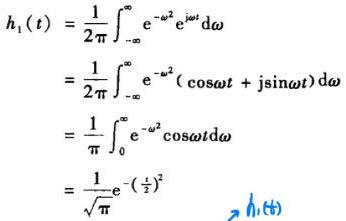
\[
\begin{align*}
h_1(t) &= \frac{1}{2\pi} \int_{-\infty}^{\infty} e^{-\omega^2} e^{j\omega t} d\omega\\
&= \frac{1}{2\pi} \int_{-\infty}^{\infty} e^{-\omega^2} (\cos\omega t + j\sin\omega t) d\omega\\
&= \frac{1}{\pi} \int_{0}^{\infty} e^{-\omega^2} \cos\omega t d\omega\\
&= \frac{1}{\sqrt{\pi}} e^{-(\frac{t}{2})^2}
\end{align*}
\]